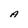
Character: A